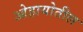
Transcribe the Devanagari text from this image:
ओहायोतील